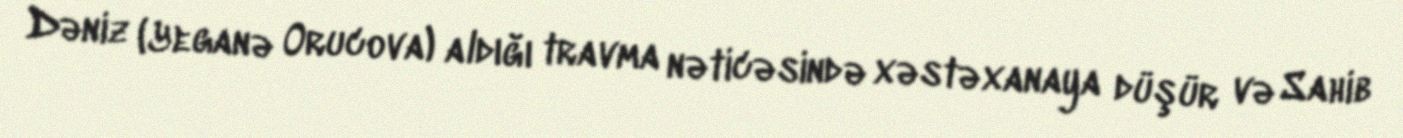
Dəniz (Yeganə Orucova) aldığı travma nəticəsində xəstəxanaya düşür və Sahib